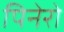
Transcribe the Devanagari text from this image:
पिनेरो